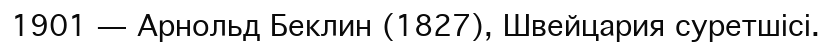
1901 — Арнольд Беклин (1827), Швейцария суретшісі.